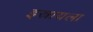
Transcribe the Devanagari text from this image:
इस्रायला